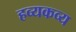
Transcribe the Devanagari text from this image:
हव्यकव्य